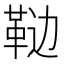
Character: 𱁵